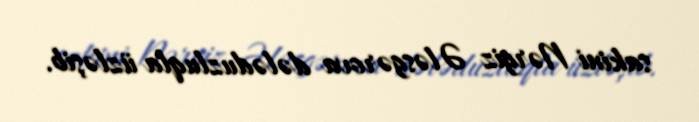
sakini Nərgiz Ələsgərova dələduzluqla üzləşib.